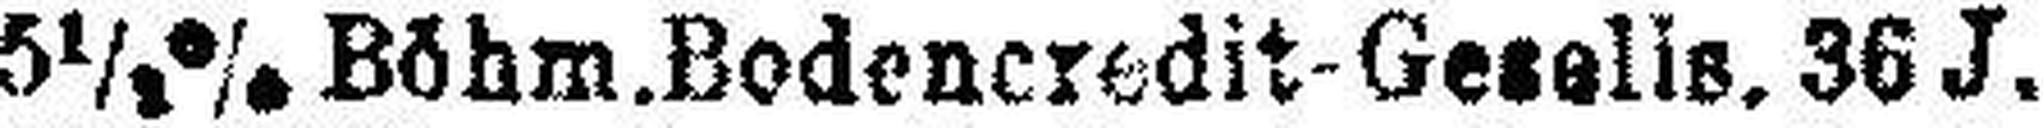
5½% Böhm.Bodencredit-Gesells. 36 J.